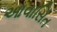
આવાસિત